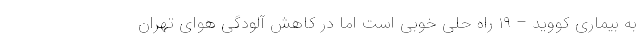
به بیماری کووید – ۱۹ راه حلی خوبی است اما در کاهش آلودگی هوای تهران